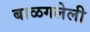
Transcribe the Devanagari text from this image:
बाळगलेली